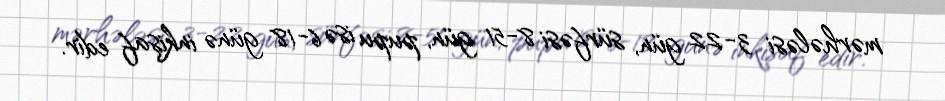
mərhələsi 3-22 gün, sürfəsi 8-51 gün, pupu isə 6-18 günə inkişaf edir.